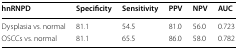
<table><thead><tr><td><b>hnRNPD</b></td><td><b>Specificity</b></td><td><b>Sensitivity</b></td><td><b>PPV</b></td><td><b>NPV</b></td><td><b>AUC</b></td></tr></thead><tbody><tr><td>Dysplasia vs. normal</td><td>81.1</td><td>54.5</td><td>81.0</td><td>56.0</td><td>0.723</td></tr><tr><td>OSCCs vs. normal</td><td>81.1</td><td>65.5</td><td>86.0</td><td>58.0</td><td>0.782</td></tr></tbody></table>